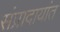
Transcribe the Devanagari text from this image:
संप्रादायांत